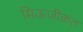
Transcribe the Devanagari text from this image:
मिऊज़ीकल